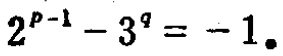
\(2^{p - 1}-3^{q}=-1\)